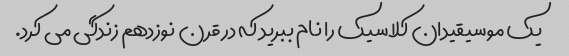
یک موسیقیدان کلاسیک را نام ببرید که در قرن نوزدهم زندگی می کرد.